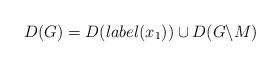
LaTeX: \begin{align*}D(G) = D(label(x_1)) \cup D(G\backslash M)\end{align*}